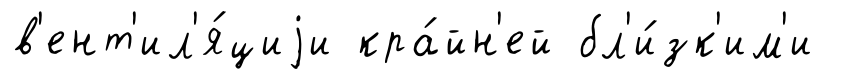
в'ент'ил'я́циjи кра́йн'ей бл'и́зк'им'и